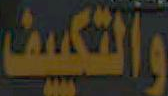
والتكييف